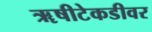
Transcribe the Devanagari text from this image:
ॠषीटेकडीवर